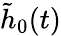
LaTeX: \tilde{h}_{0}(t)